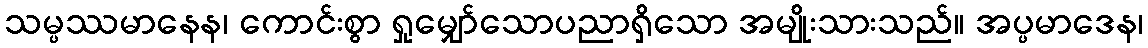
သမ္ပဿမာနေန၊ ကောင်းစွာ ရှုမျှော်သောပညာရှိသော အမျိုးသားသည်။ အပ္ပမာဒေန၊